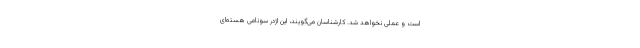
است و عملی نخواهد شد. کارشناسان می‌گویند، این اژدر سونامی هسته‌ای